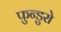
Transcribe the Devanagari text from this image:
फुन्डुरो